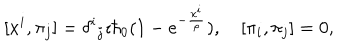
LaTeX: [ x ^ { i } , \pi _ { j } ] = \delta ^ { i } { } _ { j } \imath \hbar _ { 0 } ( 1 - e ^ { - \frac { x ^ { i } } { \rho } } ) , \quad [ \pi _ { i } , \pi _ { j } ] = 0 ,